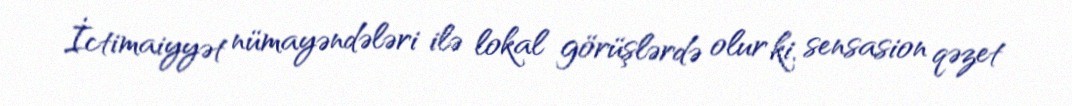
İctimaiyyət nümayəndələri ilə lokal görüşlərdə olur ki, sensasion qəzet